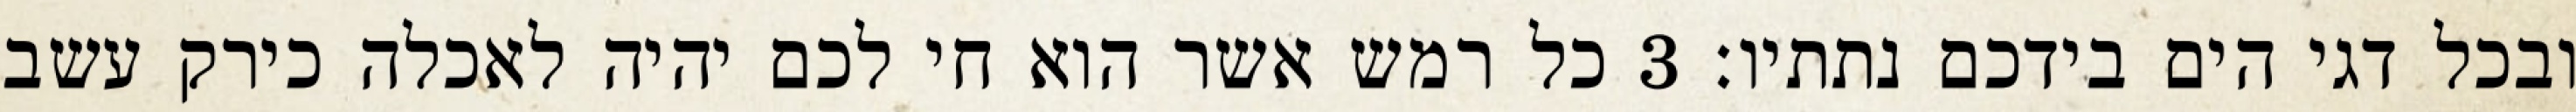
ובכל דגי הים בידכם נתתיו׃ ‎3‏ כל רמש אשר הוא חי לכם יהיה לאכלה כירק עשב